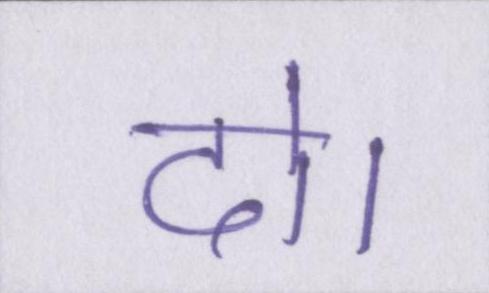
दो।